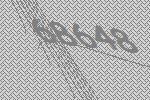
68648